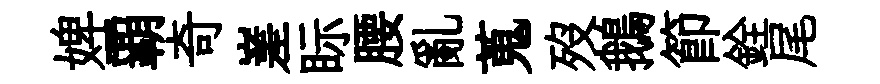
婢覇奇嵳眎腰亂蒐歿鵝節銓尾